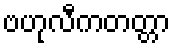
ဗဟုလီကတတ္တာ